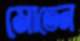
মোতেন